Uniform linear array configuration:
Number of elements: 48
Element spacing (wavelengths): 0.5
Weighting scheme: hamming
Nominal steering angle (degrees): -15
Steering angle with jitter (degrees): -15.912
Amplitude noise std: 0.05
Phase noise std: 0.05

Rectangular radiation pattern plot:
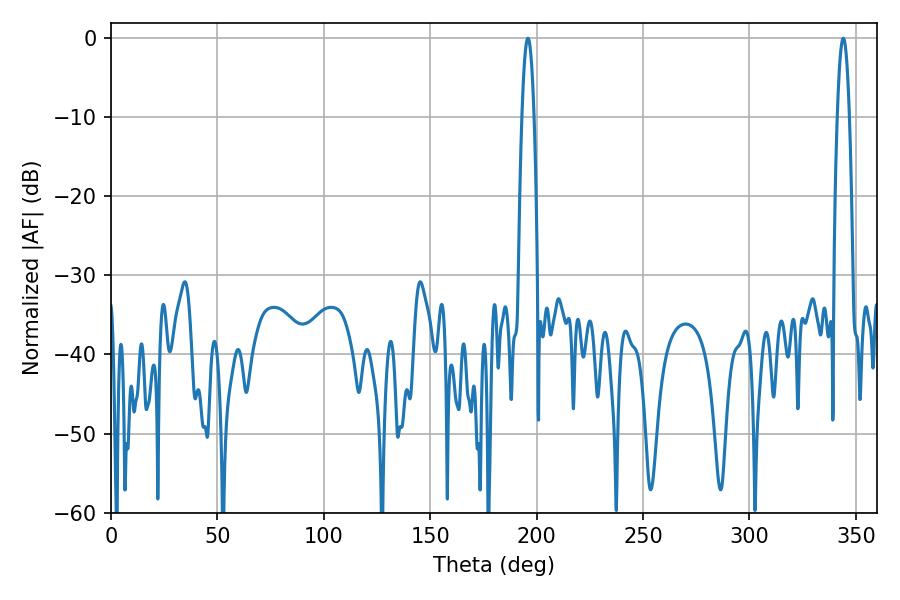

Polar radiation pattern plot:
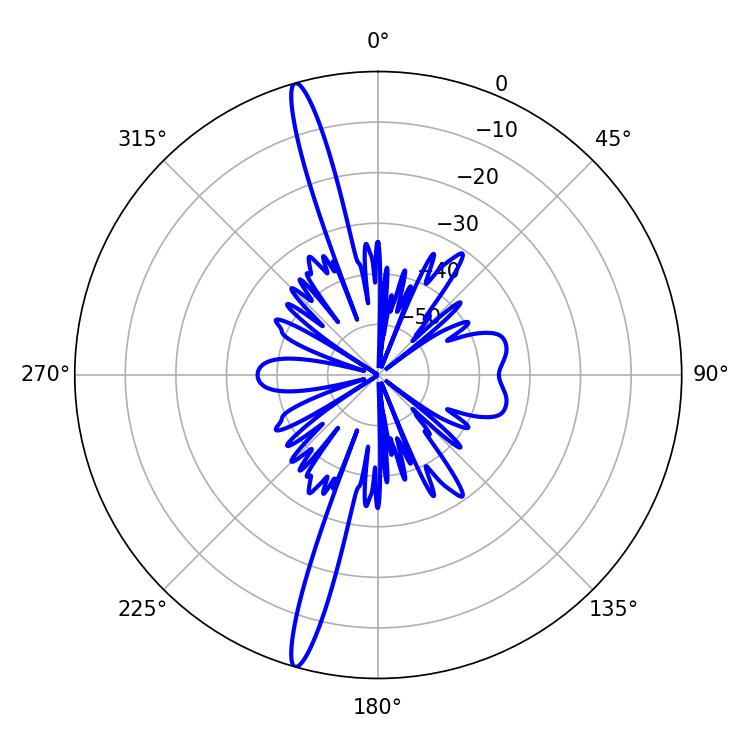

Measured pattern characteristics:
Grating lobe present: FALSE
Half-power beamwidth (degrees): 3.06
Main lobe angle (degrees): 195.84